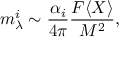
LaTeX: m _ { \lambda } ^ { i } \sim { \frac { \alpha _ { i } } { 4 \pi } } { \frac { F \langle X \rangle } { M ^ { 2 } } } ,